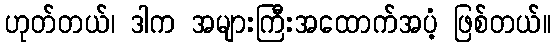
ဟုတ်တယ်၊ ဒါက အများကြီးအထောက်အပံ့ ဖြစ်တယ်။